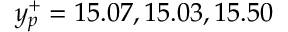
y _ { p } ^ { + } = 1 5 . 0 7 , 1 5 . 0 3 , 1 5 . 5 0